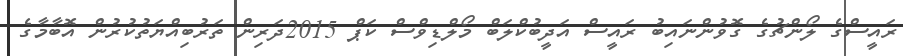
ރައީސްގެ ލޯންޗުގެ ގޮވުންނައިބު ރައީސް އަދީބުކްލަބް މޯލްޑިވްސް ކަޕް 2015ދަރިން ތަރުބިއްޔަތުކުރުން އޮބާމާގެ